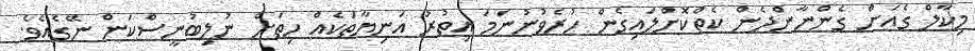
މިކާލް ގެއަށް ގެންނާންދެން ކެތްކޮށްލައިގެން ހުރެވުނުނަމަ އިތުރު އަނިޔާތަކެއް ހިތަށް ނުލިބުނީސްކަން ނޭގެއެވެ.